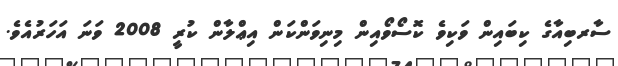
ސާރބިއާގެ ކިބައިން ވަކިވެ ކޮސޯވޯއިން މިނިވަންކަން އިޢްލާން ކުރީ 2008 ވަނަ އަހަރުއެވެ.